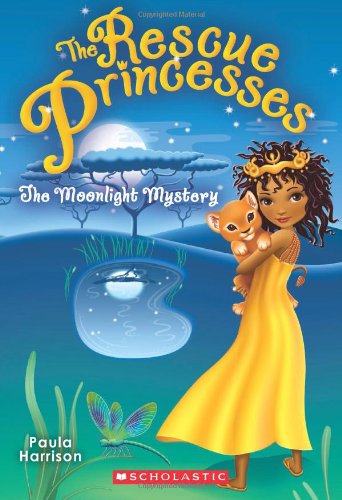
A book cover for Rescue Princesses #3: The Moonlight Mystery; Paula Harrison; Children's Books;